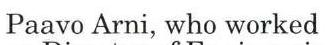
Paavo Arni, who worked